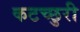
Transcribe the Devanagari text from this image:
कटच्छुरी